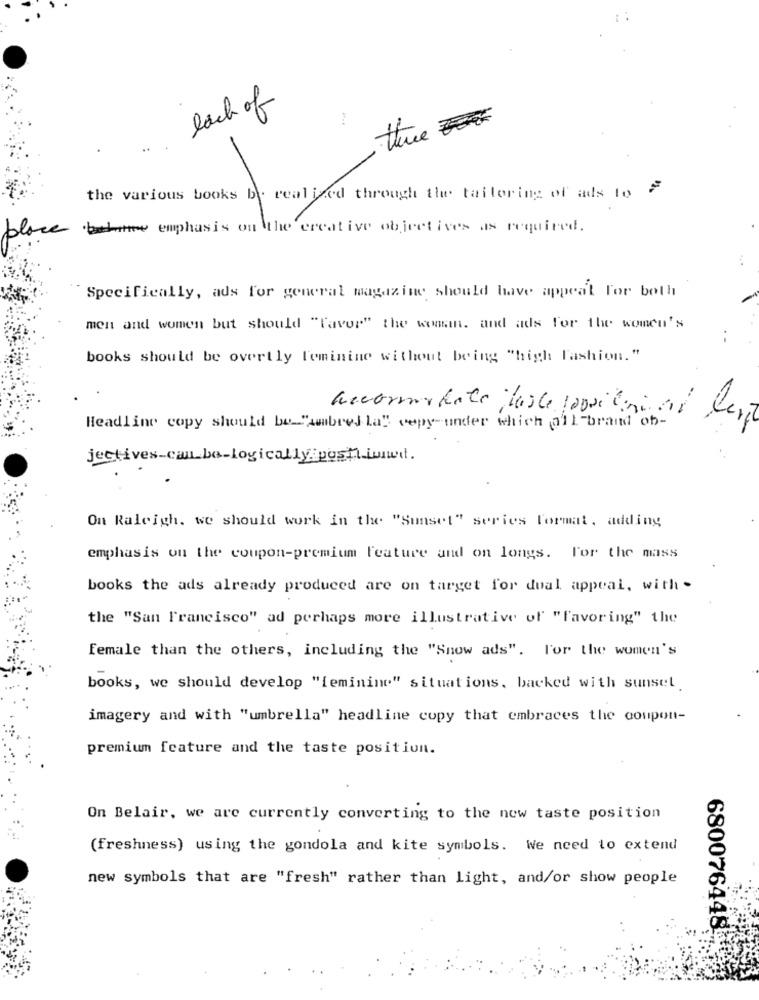
lack of
the various books be realized through the tailoring of ads to F
emphasis on the creative objectives as required.
Specifically, ads for general magazine should have appeal for both
men and women but should "favor" the woman. and ads for the women's
.-
books should be overtly feminine without being "high Fashion."
Headline copy should be_"umabred la" copy-under which all-brand ob-
jectives-can_bo-logically postiwww.
On Raleigh. we should work in the "Sunset" series Format, adding
emphasis on the coupon-premium Feature and on longs. For the mass
books the ads already produced are on target for doal appeal, with -
the "San Francisco" ad perhaps more illustrative of "favoring" the
female than the others, including the "Snow ads". For the women's
books, we should develop "feminino" situations, backed with sunset
imagery and with "umbrella" headline copy that embraces the coupon-
premium feature and the taste position.
On Belair, we are currently converting to the new taste position
(freshness) using the gondola and kite symbols. We need to extend
new symbols that are "fresh" rather than light, and/or show people
680076448